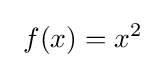
\ f(x)=x^{2}\